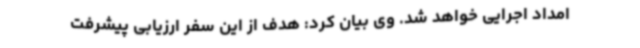
امداد اجرایی خواهد شد. وی بیان کرد: هدف از این سفر ارزیابی پیشرفت